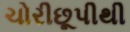
ચોરીછૂપીથી